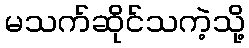
မသက်ဆိုင်သကဲ့သို့